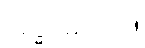
ဣဒ္ဓိဝိဓသုတ်။